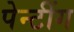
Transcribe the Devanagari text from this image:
पेन्टींग